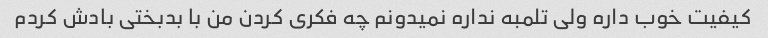
کیفیت خوب داره ولی تلمبه نداره نمیدونم چه فکری کردن من با بدبختی بادش کردم